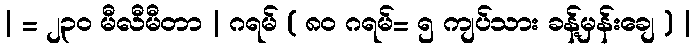
| = ၂၃၀ မီလီမီတာ | ဂရမ် ( ၈၀ ဂရမ်= ၅ ကျပ်သား ခန့်မှန်းချေ ) |